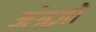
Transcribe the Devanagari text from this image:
अंग्रज़ो